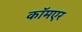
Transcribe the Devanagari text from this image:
कॉमएर